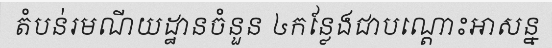
តំបន់រមណីយដ្ឋានចំនួន ៤កន្លែងជាបណ្តោះអាសន្ន